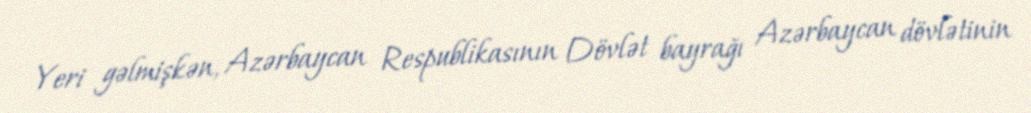
Yeri gəlmişkən, Azərbaycan Respublikasının Dövlət bayrağı Azərbaycan dövlətinin